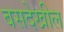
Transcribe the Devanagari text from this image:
बसदेखील